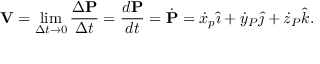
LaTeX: \mathbf { V } = \operatorname* { l i m } _ { \Delta t \rightarrow 0 } { \frac { \Delta \mathbf { P } } { \Delta t } } = { \frac { d \mathbf { P } } { d t } } = { \dot { \mathbf { P } } } = { \dot { x } } _ { p } { \hat { \imath } } + { \dot { y } } _ { P } { \hat { \jmath } } + { \dot { z } } _ { P } { \hat { k } } .